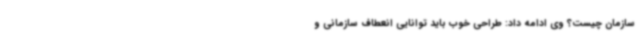
سازمان چیست؟ وی ادامه داد: طراحی خوب باید توانایی انعطاف سازمانی و